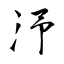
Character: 汿